Civil Veterinary Dept. Bombay admin report 1893-99 - 1893-1899
Year: 1893
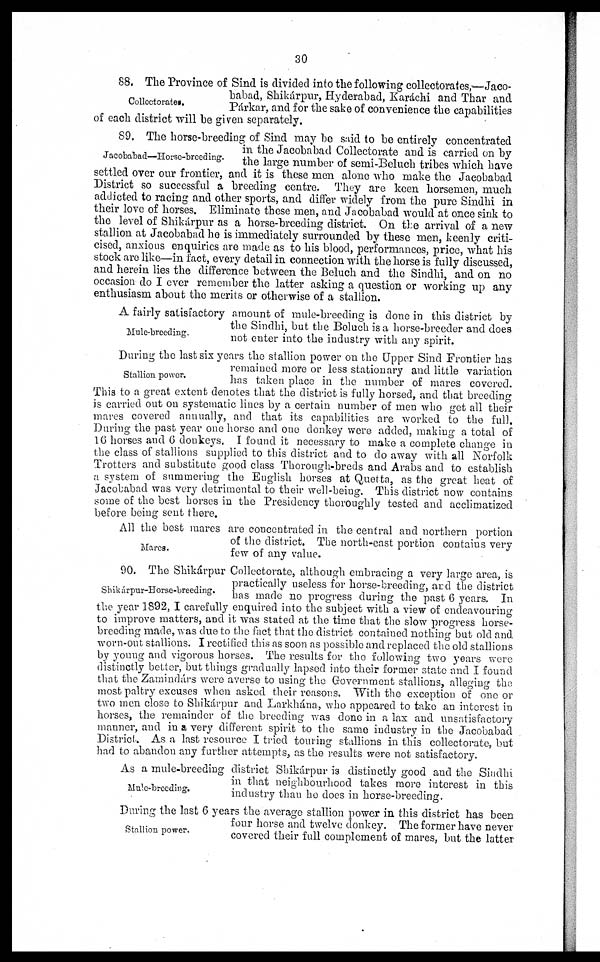
30
Collectorates.
88. The Province of Sind is divided into the following collectorates,—Jaco-
babad, Shikárpur, Hyderabad, Karáchi and Thar and
Párkar, and for the sake of convenience the capabilities
of each district will be given separately.
Jacobabad—Horse-breeding.
89. The horse-breeding of Sind may be said to be entirely concentrated
in the Jacobabad Collectorate and is carried on by
the large number of semi-Beluch tribes which have
settled over our frontier, and it is these men alone who make the Jacobabad
District so successful a breeding centre. They are keen horsemen, much
addicted to racing and other sports, and differ widely from the pure Sindhi in
their love of horses. Eliminate these men, and Jacobabad would at once sink to
the level of Shikárpur as a horse-breeding district. On the arrival of a new
stallion at Jacobabad he is immediately surrounded by these men, keenly criti-
cised, anxious enquiries are made as to his blood, performances, price, what his
stock are like—in fact, every detail in connection with the horse is fully discussed,
and herein lies the difference between the Beluch and the Sindhi, and on no
occasion do I ever remember the latter asking a question or working up any
enthusiasm about the merits or otherwise of a stallion.
Mule-breeding.
A fairly satisfactory amount of mule-breeding is done in this district by
the Sindhi, but the Beluch is a horse-breeder and does
not enter into the industry with any spirit.
Stallion power.
During the last six years the stallion power on the Upper Sind Frontier has
remained more or less stationary and little variation
has taken place in the number of mares covered.
This to a great extent denotes that the district is fully horsed, and that breeding
is carried out on systematic lines by a certain number of men who get all their
mares covered annually, and that its capabilities are worked to the full.
During the past year one horse and one donkey were added, making a total of
16 horses and 6 donkeys. I found it necessary to make a complete change in
the class of stallions supplied to this district and to do away with all Norfolk
Trotters and substitute good class Thorough-breds and Arabs and to establish
a system of summering the English horses at Quetta, as the great heat of
Jacobabad was very detrimental to their well-being. This district now contains
some of the best horses in the Presidency thoroughly tested and acclimatized
before being sent there.
Mares.
All the best mares are concentrated in the central and northern portion
of the district. The north-east portion contains very
few of any value.
Shikárpur-Horse-breeding.
90. The Shikárpur Collectorate, although embracing a very large area, is
practically useless for horse-breeding, and the district
has made no progress during the past 6 years. In
the year 1892, I carefully enquired into the subject with a view of endeavouring
to improve matters, and it was stated at the time that the slow progress horse-
breeding made, was due to the fact that the district contained nothing but old and
worn-out stallions. I rectified this as soon as possible and replaced the old stallions
by young and vigorous horses. The results for the following two years were
distinctly better, but things gradually lapsed into their former state and I found
that the Zamindárs were averse to using the Government stallions, alleging the
most paltry excuses when asked their reasons. With the exception of one or
two men close to Shikárpur and Larkhána, who appeared to take an interest in
horses, the remainder of the breeding was done in a lax and unsatisfactory
manner, and in a very different spirit to the same industry in the Jacobabad
District. As a last resource I tried touring stallions in this collectorate, but
had to abandon any further attempts, as the results were not satisfactory.
Mule-breeding.
As a mule-breeding district Shikárpur is distinctly good and the Sindhi
in that neighbourhood takes more interest in this
industry than he does in horse-breeding.
Stallion power.
During the last 6 years the average stallion power in this district has been
four horse and twelve donkey. The former have never
covered their full complement of mares, but the latter